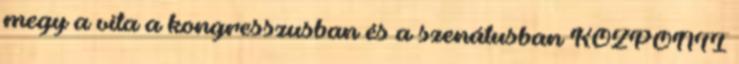
megy a vita a kongresszusban és a szenátusban KÖZPONTI